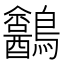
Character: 𪈍